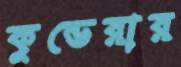
কুন্ডেরার